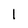
Character: 1